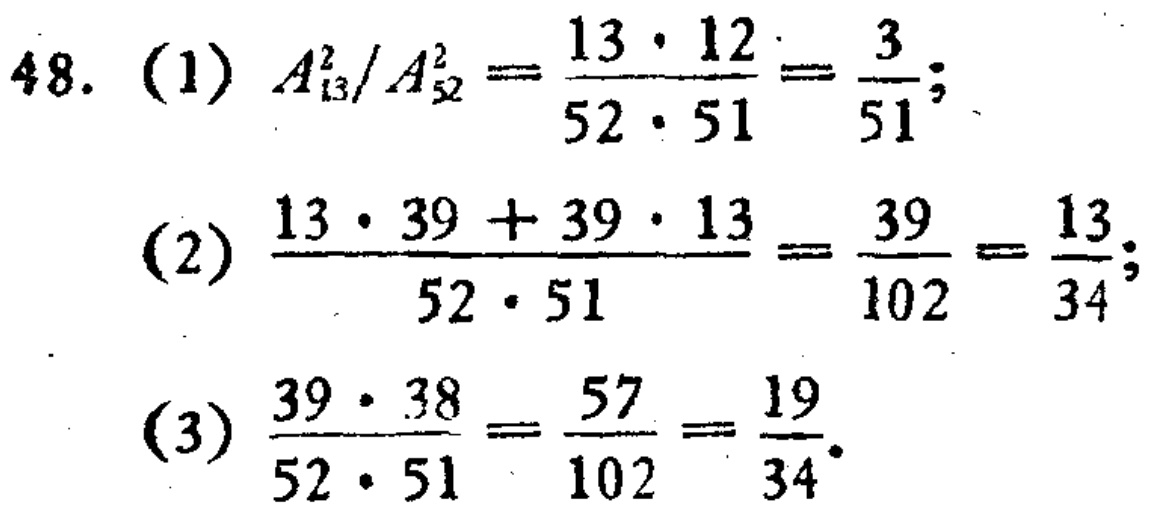
48. (1) \(A_{13}^2/A_{52}^2=\frac{13\cdot12}{52\cdot51}=\frac{3}{51}\);

(2) \(\frac{13\cdot39 + 39\cdot13}{52\cdot51}=\frac{39}{102}=\frac{13}{34}\);

(3) \(\frac{39\cdot38}{52\cdot51}=\frac{57}{102}=\frac{19}{34}\).